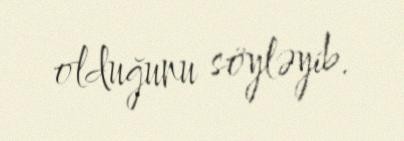
olduğunu söyləyib.